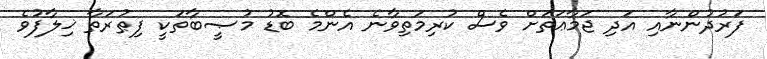
ފަރުދުންނާއި އަދި ޖަމާޢަތަށް ވެސް ކުރިމަތިވާނެ އެންމެ ބޮޑު މުޞީބާތަކީ ފިޠުރަތާ ޚިލާފުވެ